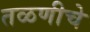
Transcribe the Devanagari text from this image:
तळणीचे